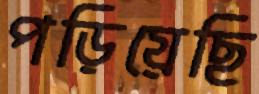
পড়িয়েছি